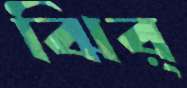
ঝির্